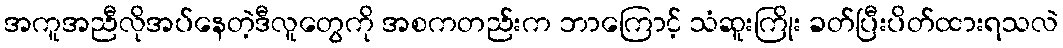
အကူအညီလိုအပ်နေတဲ့ဒီလူတွေကို အစကတည်းက ဘာကြောင့် သံဆူးကြိုး ခတ်ပြီးပိတ်ထားရသလဲ